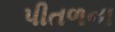
પીતળના